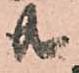
共